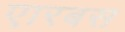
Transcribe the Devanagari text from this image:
एारबस